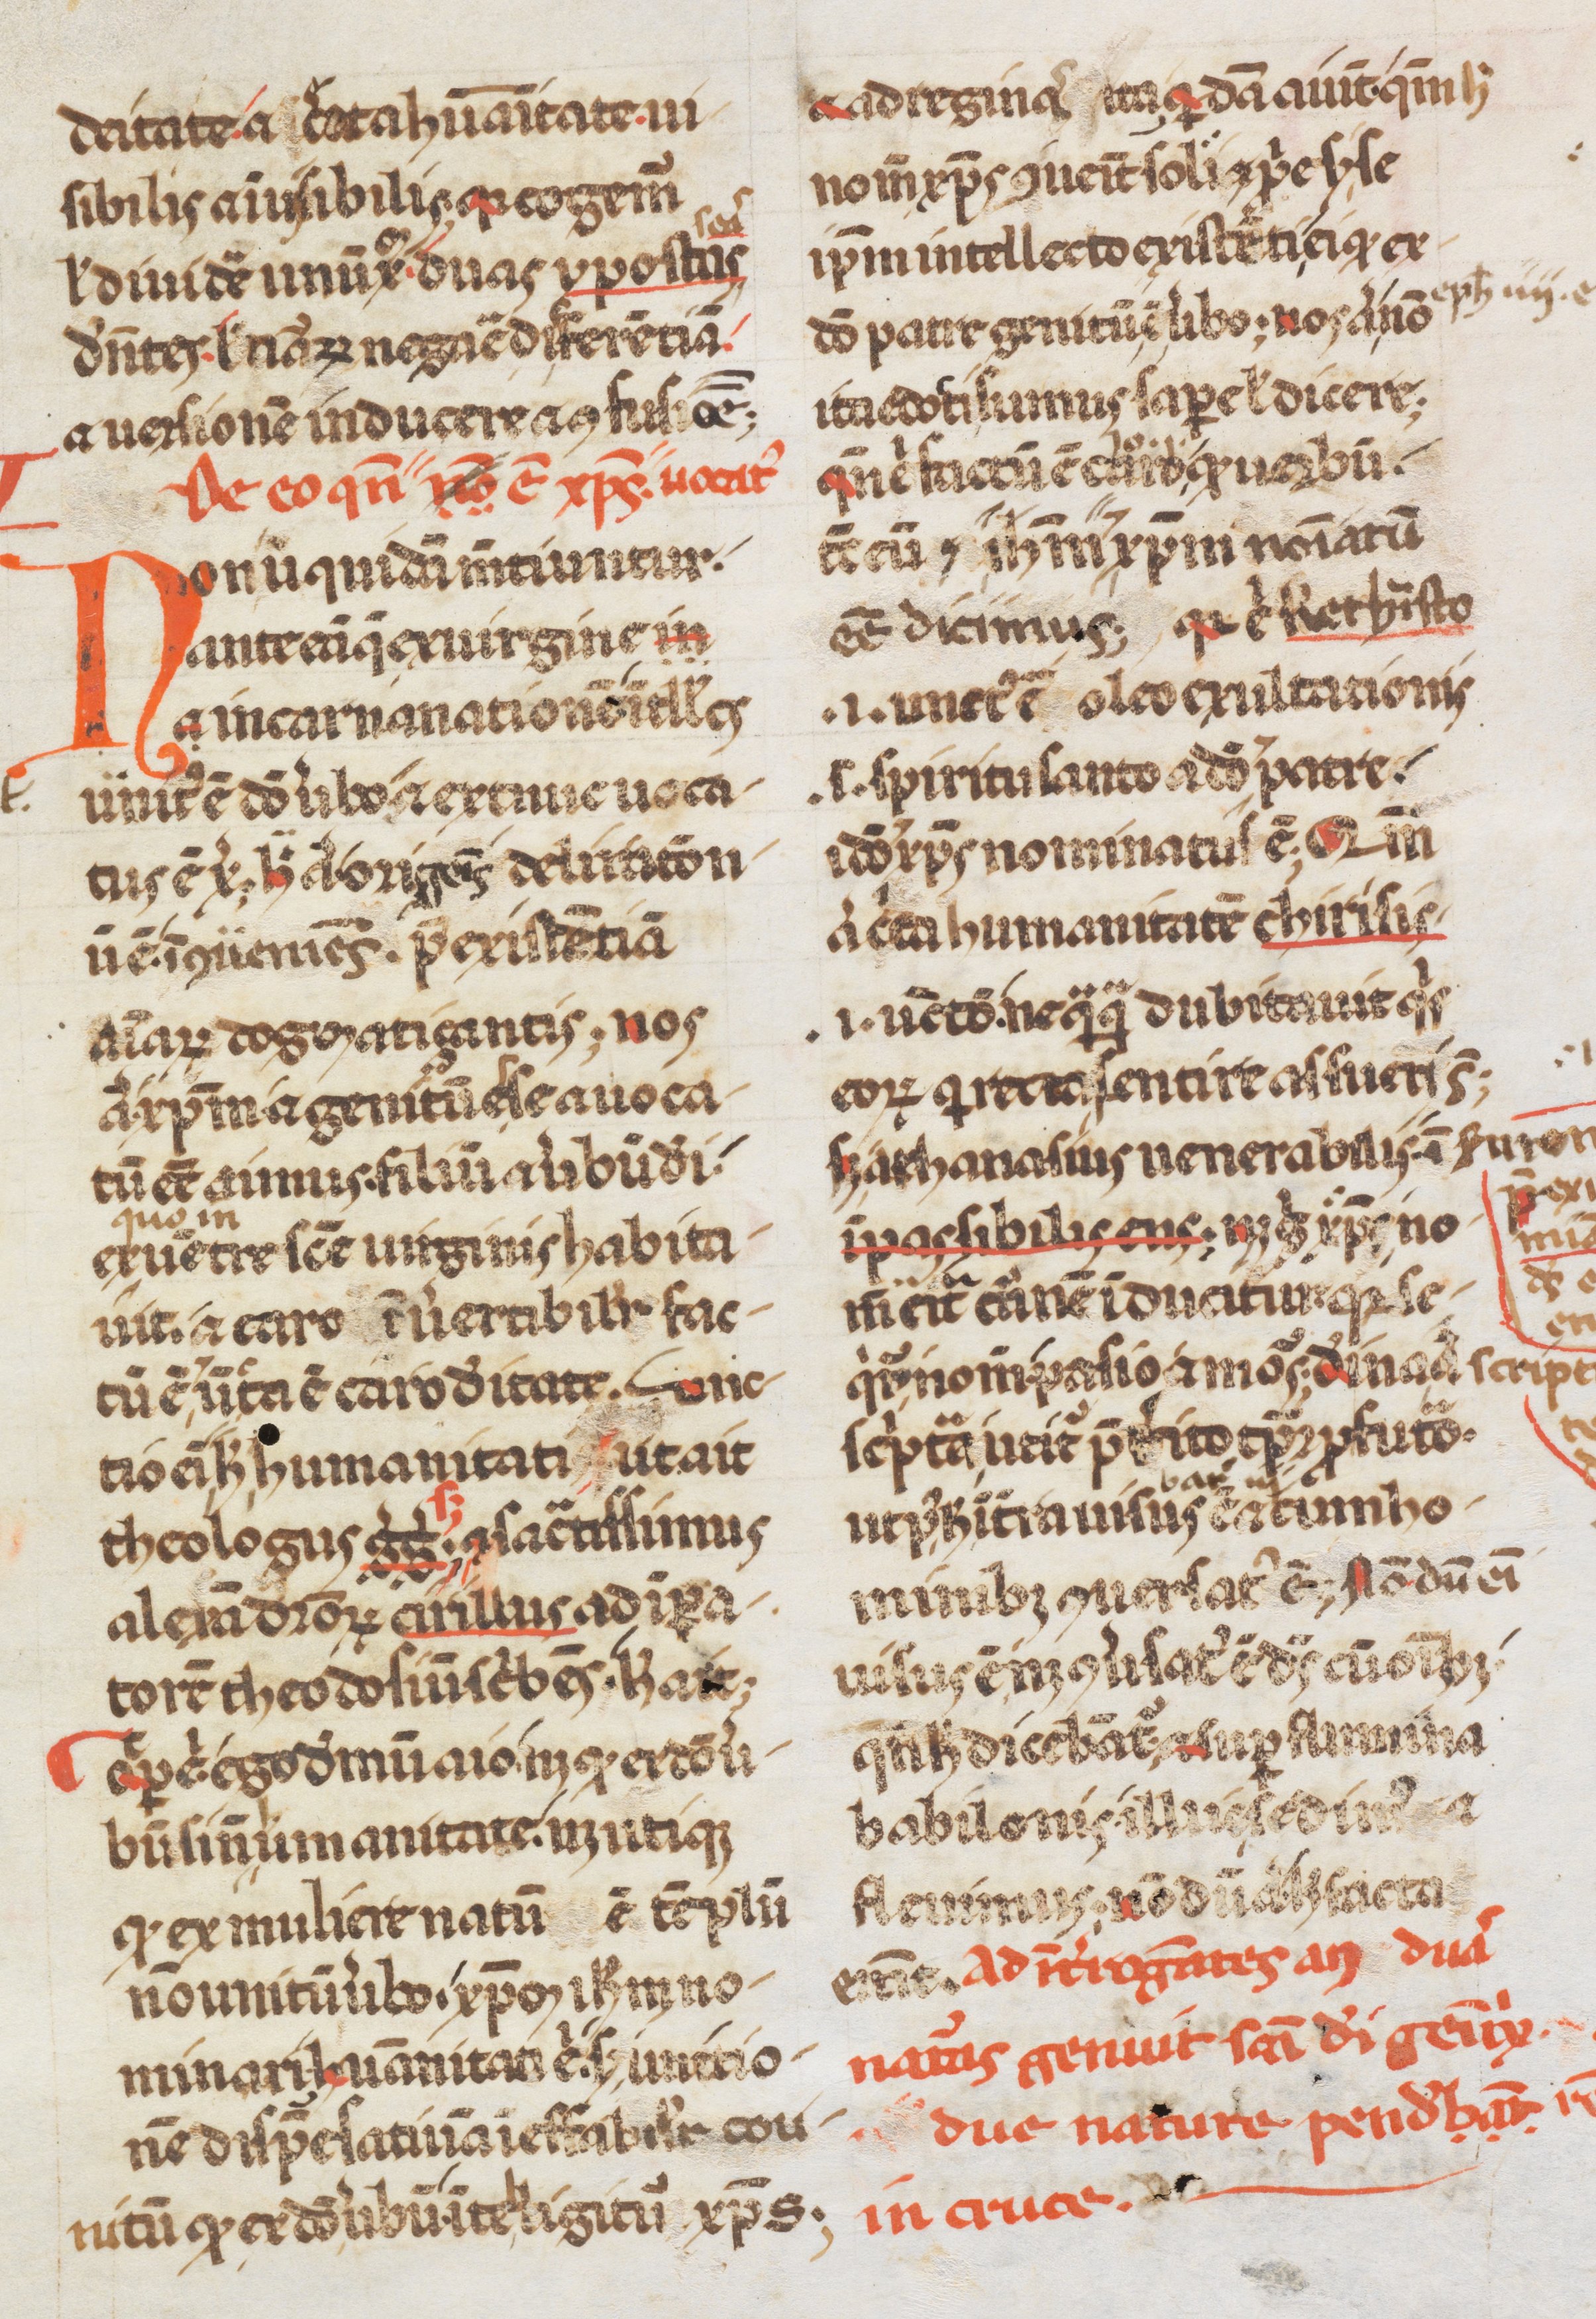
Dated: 1200–1299